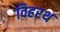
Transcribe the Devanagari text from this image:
विहरथ